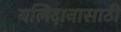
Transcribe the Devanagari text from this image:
बलिदानासाठी